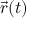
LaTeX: { \vec { r } } ( t )